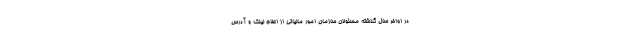
در اواخر سال گذشته مسئولان سازمان امور مالیاتی از اعلام لینک و آدرس